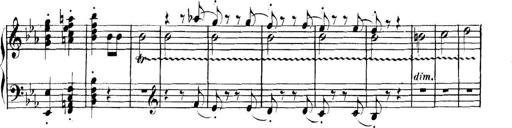
Title: Collected Piano Sonatas
Composer: Muzio Clementi